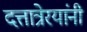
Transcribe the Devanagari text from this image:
दत्तात्रेरयांनी